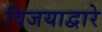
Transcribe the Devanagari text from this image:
विजयाद्वारे